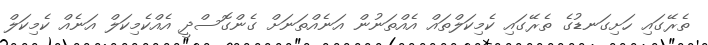
ތެރޭގައި ހަށިގަނޑުގެ ތެރޭގައި ކެމިކަލްތައް އެއްތަނުން އަނެއްތަނަށް ގެންގޮސްދީ އެއްކެމިކަލް އަނެއް ކެމިކަލް